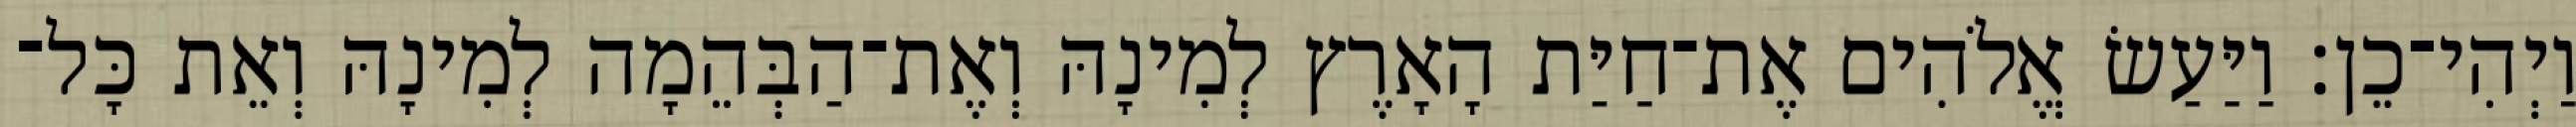
וַיְהִי־כֵן׃ וַיַּעַשׂ אֱלֹהִים אֶת־חַיַּת הָאָרֶץ לְמִינָהּ וְאֶת־הַבְּהֵמָה לְמִינָהּ וְאֵת כָּל־